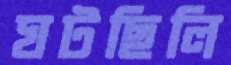
ঘটছিলি